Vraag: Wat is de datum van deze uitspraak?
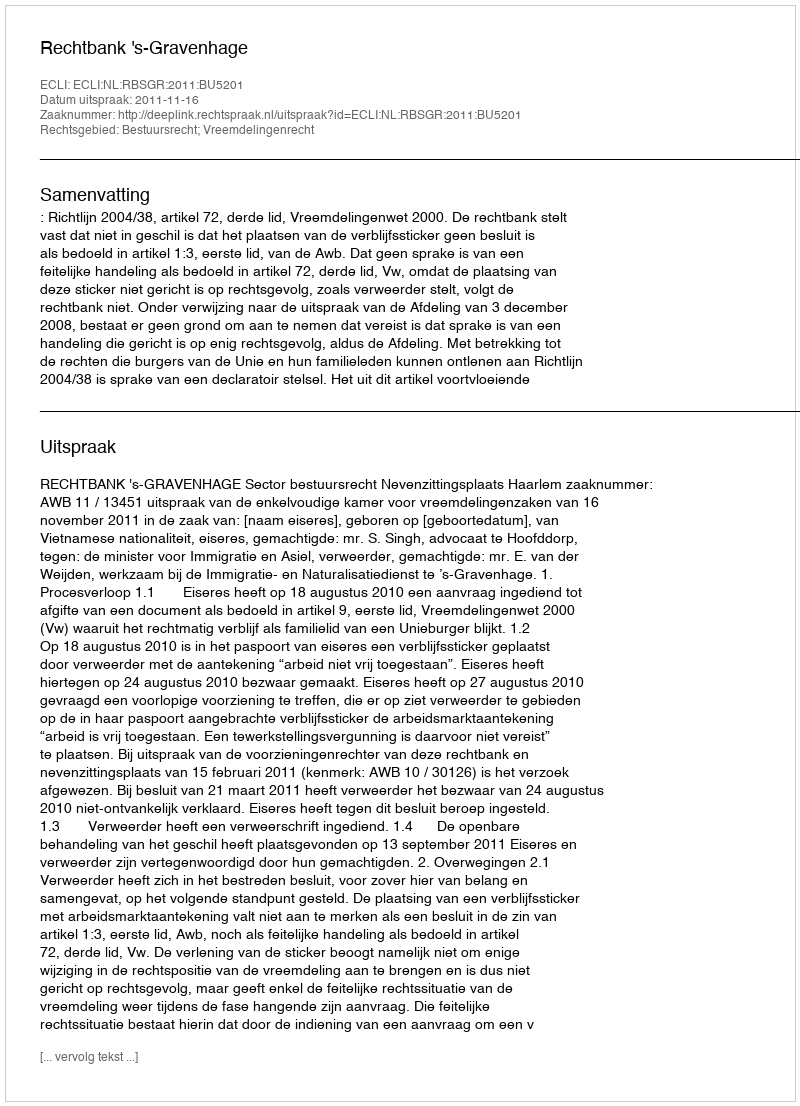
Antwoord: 2011-11-16